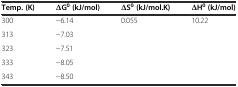
<table><thead><tr><td><b>Temp. (K)</b></td><td><b>∆G<sup>0</sup>(kJ/mol)</b></td><td><b>∆S<sup>0</sup>(kJ/mol.K)</b></td><td><b>∆H<sup>0</sup>(kJ/mol)</b></td></tr></thead><tbody><tr><td>300</td><td>−6.14</td><td rowspan="5">0.055</td><td rowspan="5">10.22</td></tr><tr><td>313</td><td>−7.03</td></tr><tr><td>323</td><td>−7.51</td></tr><tr><td>333</td><td>−8.05</td></tr><tr><td>343</td><td>−8.50</td></tr></tbody></table>